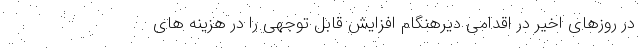
در روزهای اخیر در اقدامی دیرهنگام افزایش قابل توجهی را در هزینه های